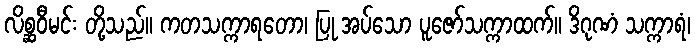
လိစ္ဆဝီမင်း တို့သည်။ ကတသက္ကာရတော၊ ပြု အပ်သော ပူဇော်သက္ကာထက်။ ဒိဂုဏံ သက္ကာရံ၊